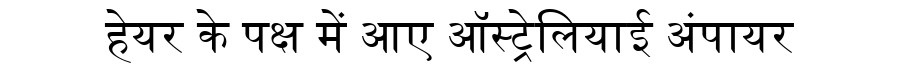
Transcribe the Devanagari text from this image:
हेयर के पक्ष में आए ऑस्ट्रेलियाई अंपायर